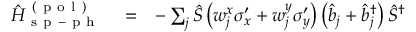
\begin{array} { r l r } { \hat { H } _ { \mathrm { ~ s ~ p ~ - ~ p ~ h ~ } } ^ { \mathrm { ~ ( ~ p ~ o ~ l ~ ) ~ } } } & { { } = } & { - \sum _ { j } \hat { S } \left( w _ { j } ^ { x } \sigma _ { x } ^ { \prime } + w _ { j } ^ { y } \sigma _ { y } ^ { \prime } \right) \left( \hat { b } _ { j } + \hat { b } _ { j } ^ { \dagger } \right) \hat { S } ^ { \dagger } } \end{array}